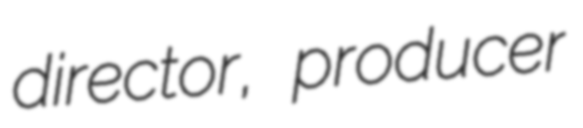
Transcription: director, producer